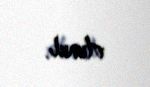
olunub.